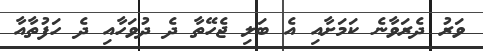
ވަރު ދެރަވާނެ ކަމަށާއި އެ ބަލި ޖެހޭތާ ދެ ދުވަހާއި ދެ ހަފުތާއާ